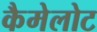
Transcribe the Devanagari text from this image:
कैमेलोट